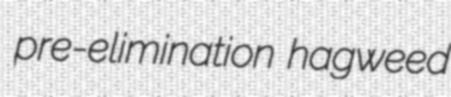
pre-elimination hagweed